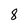
Character: 8